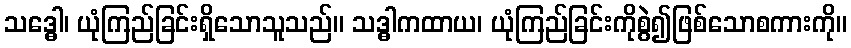
သဒ္ဓေါ၊ ယုံကြည်ခြင်းရှိသောသူသည်။ သဒ္ဓါကထာယ၊ ယုံကြည်ခြင်းကိုစွဲ၍ဖြစ်သောစကားကို။